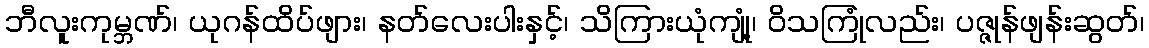
ဘီလူးကုမ္ဘဏ်၊ ယုဂန်ထိပ်ဖျား၊ နတ်လေးပါးနှင့်၊ သိကြားယုံကျုံ့၊ ဝိသကြုံလည်း၊ ပဇ္ဇုန်ဖျန်းဆွတ်၊